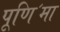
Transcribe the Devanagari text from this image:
पूणि॔मा